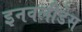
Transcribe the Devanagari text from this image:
इनवलीडेस